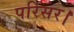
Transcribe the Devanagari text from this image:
परिसर।